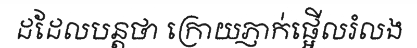
ដដែលបន្តថា ក្រោយភ្ញាក់ផ្អើលរំលង